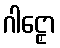
ဂါဠှော